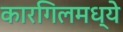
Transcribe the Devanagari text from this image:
कारगिलमध्ये